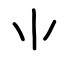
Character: ⺌